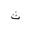
Letter: _tha